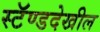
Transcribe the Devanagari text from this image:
स्टॅण्डदेखील